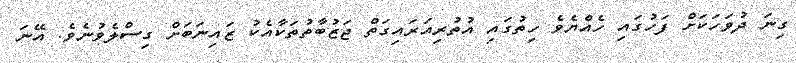
ގިނަ ދުވަހަކަށް ފަހުގައި ހެއްޔެވެ ހިތުގައި އުތުރިއަރައިގަތް ޖަޒުބާތުތަކާއެކު ޒައިނަބަށް ގިސްލެވުނެވެ. އޭނަ